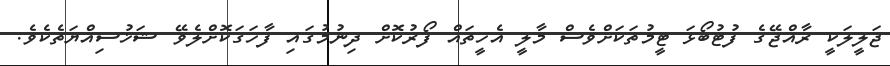
ޖަލީލަކީ ރާއްޖޭގެ ފުޓުބޯޅަ ޓީމުތަކަށްވެސް މާލީ އެހީތައް ފޯރުކޮށް ދިނުމުގައި ފާހަގަކޮށްލެވޭ ޝަޚުސިއްޔަތެކެވެ.